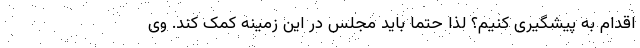
اقدام به پیشگیری کنیم؟ لذا حتماً باید مجلس در این زمینه کمک کند. وی